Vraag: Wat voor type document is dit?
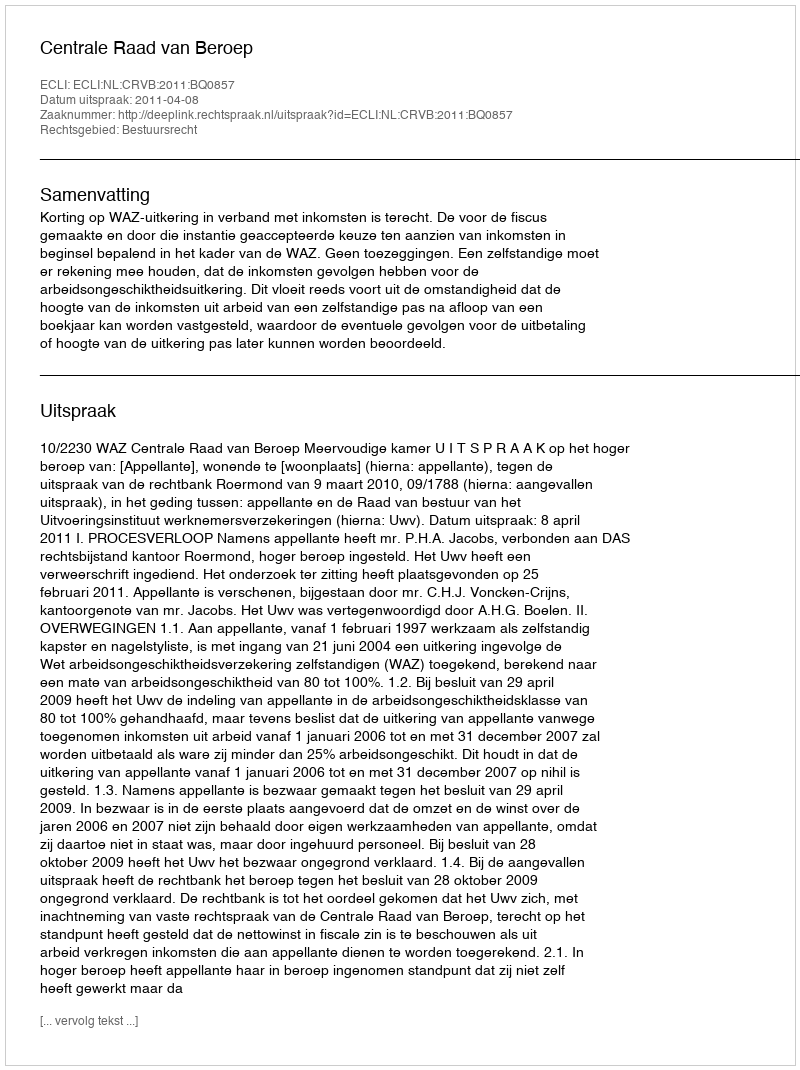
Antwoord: Uitspraak